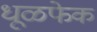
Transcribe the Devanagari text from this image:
धूळफेक